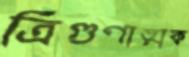
ত্রিগুণাত্মক